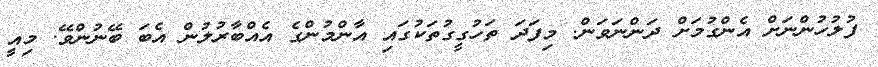
ފުލުހުންނަށް އެންގުމަށް ދަންނަވަން. މިފަދަ ތަހުގީގުތަކުގައި އާންމުންގެ އެއްބާރުލުން އެބަ ބޭނުންވޭ. މިއީ